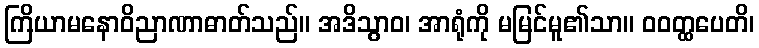
ကြိယာမနောဝိညာဏာဓာတ်သည်။ အဒိသွာဝ၊ အာရုံကို မမြင်မူ၏သာ။ ဝဝတ္ထပေတိ၊